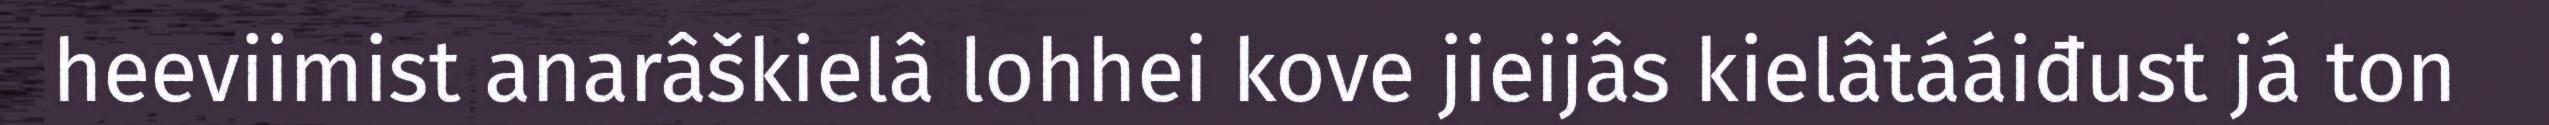
heeviimist anarâškielâ lohhei kove jieijâs kielâtááiđust já ton